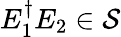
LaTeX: E_{1}^{\dagger}E_{2}\in{\mathcal{S}}